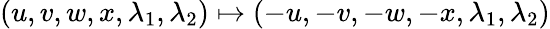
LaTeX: (u,v,w,x,\lambda_{1},\lambda_{2})\mapsto(-u,-v,-w,-x,\lambda_{1},\lambda_{2})